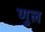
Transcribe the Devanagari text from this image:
णुल